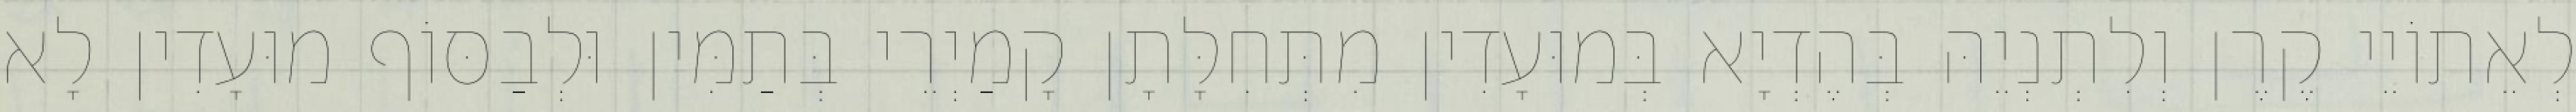
לְאֵתוֹיֵי קֶרֶן וְלִתְנְיֵהּ בְּהֶדְיָא בְּמוּעָדִין מִתְּחִלָּתָן קָמַיְרֵי בְּתַמִּין וּלְבַסּוֹף מוּעָדִין לָא